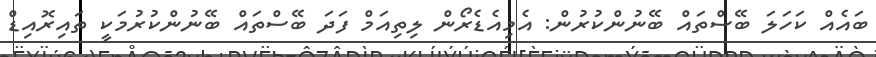
ބައެއް ކަހަލަ ބޭސްތައް ބޭނުންކުރުން: އެމިއެޑެރޯން ލިތިއަމް ފަދަ ބޭސްތައް ބޭނުންކުރުމަކީ ތައިރޮއިޑް